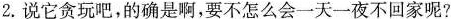
2.说它贪玩吧，的确是啊，要不怎么会一天一夜不回家呢?